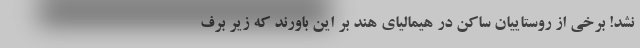
نشد! برخی از روستاییان ساکن در هیمالیای هند بر این باورند که زیر برف